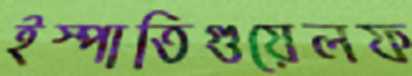
ইস্পাতিগুয়েলফ